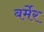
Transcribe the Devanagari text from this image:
बर्मेर